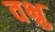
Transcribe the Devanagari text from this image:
वभ्रु